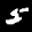
Label: 5